Vaccination North-Western Provinces 1866-1877 - 1866-1877
Year: 1866
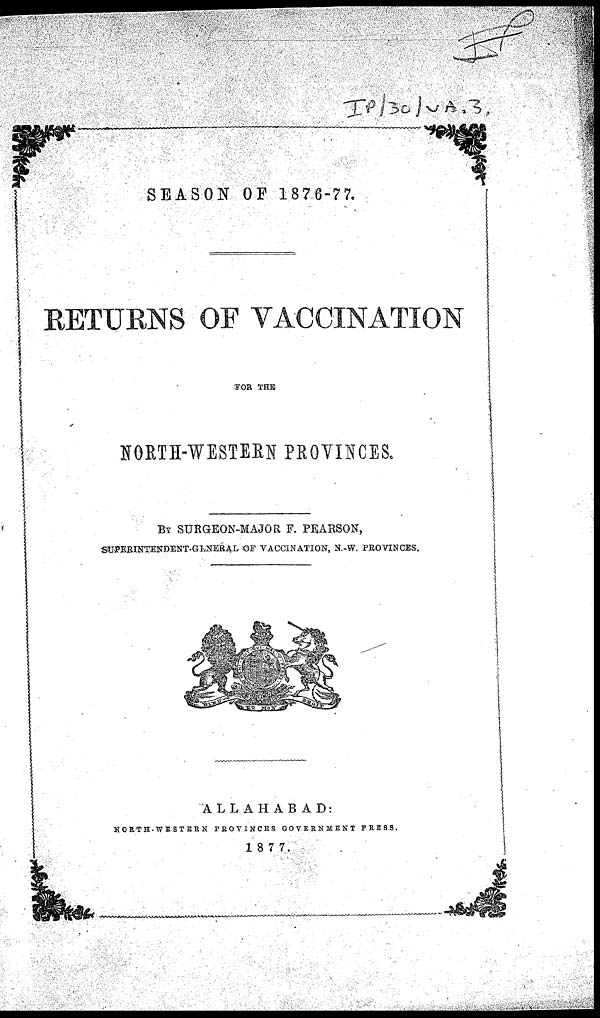
SEASON OF 1876-77.
RETURNS OF VACCINATION
FOR THE
NORTH-WESTERN PROVINCES.
BY SURGEON-MAJOR F. PEARSON,
SUPERINTENDENT-GENERAL OF VACCINATION, N.-W. PROVINCES.
ALLAHABAD:
NORTH-WESTERN PROVINCES GOVERNMENT PRESS.
1877.